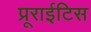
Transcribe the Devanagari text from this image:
प्रूराईटिस